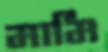
মামি